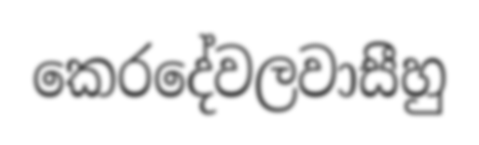
කෙරදේවලවාසීහු